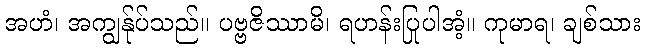
အဟံ၊ အကျွန်ုပ်သည်။ ပဗ္ဗဇိဿာမိ၊ ရဟန်းပြုပါအံ့။ ကုမာရ၊ ချစ်သား